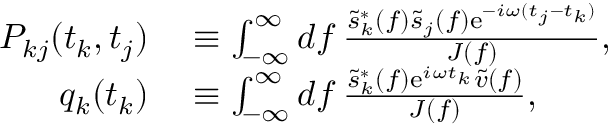
\begin{array} { r l } { P _ { k j } ( t _ { k } , t _ { j } ) } & { { } \equiv \int _ { - \infty } ^ { \infty } \mathop { d f } \frac { \tilde { s } _ { k } ^ { * } ( f ) \tilde { s } _ { j } ( f ) \mathrm { e } ^ { - i \omega ( t _ { j } - t _ { k } ) } } { J ( f ) } , } \\ { q _ { k } ( t _ { k } ) } & { { } \equiv \int _ { - \infty } ^ { \infty } \mathop { d f } \frac { \tilde { s } _ { k } ^ { * } ( f ) \mathrm { e } ^ { i \omega t _ { k } } \tilde { v } ( f ) } { J ( f ) } , } \end{array}